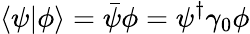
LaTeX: \langle\psi|\phi\rangle={\bar{\psi}}\phi=\psi^{\dagger}\gamma_{0}\phi